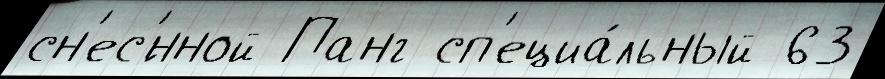
сн'ес'́нной Панг сп'ециа́льный 63